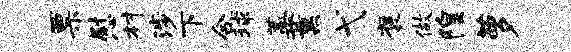
票慰村涉下合球蒿薰弋褒做隍萝